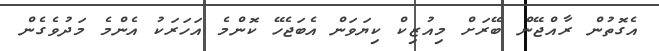
އެގޮތުން ރާއްޖޭން ބޭރަށް މިއުޒިކް ކިޔަވަން އެބަޖެހޭ ކޮންމެ އަހަރަކު އެންމެ މަދުވެގެން